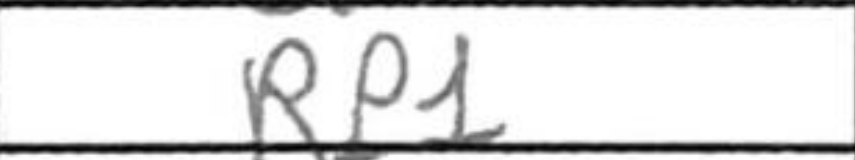
Transcription: RP1